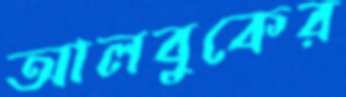
আলবুকের